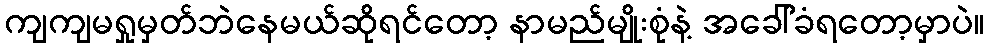
ကျကျမရှုမှတ်ဘဲနေမယ်ဆိုရင်တော့ နာမည်မျိုးစုံနဲ့ အခေါ်ခံရတော့မှာပဲ။